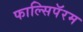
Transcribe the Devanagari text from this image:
फाल्सिपॅरम